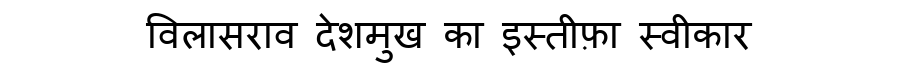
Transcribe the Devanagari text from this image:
विलासराव देशमुख का इस्तीफ़ा स्वीकार